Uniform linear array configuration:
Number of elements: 8
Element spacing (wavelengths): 0.25
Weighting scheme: cosine
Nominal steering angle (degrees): -60
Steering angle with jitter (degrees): -61.95
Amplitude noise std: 0.05
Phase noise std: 0.05

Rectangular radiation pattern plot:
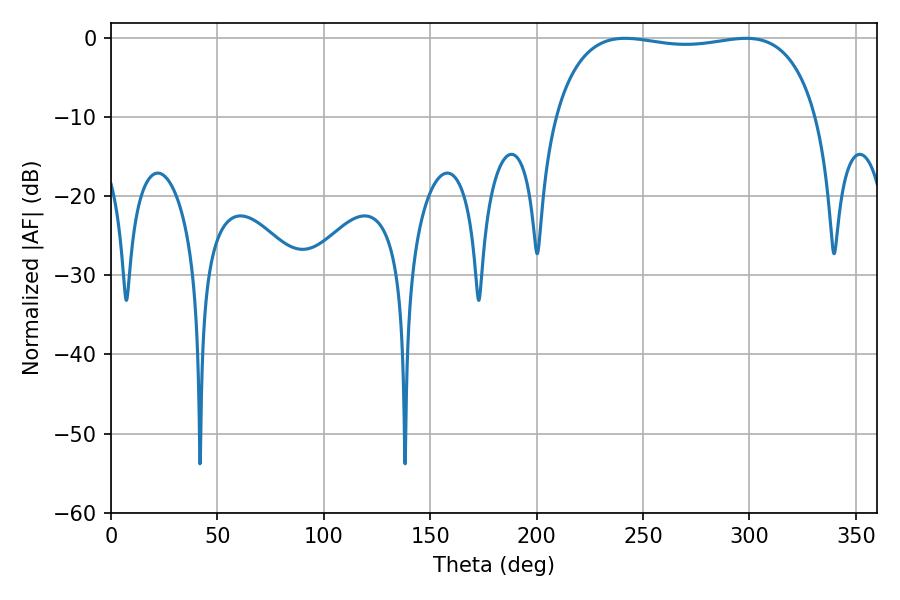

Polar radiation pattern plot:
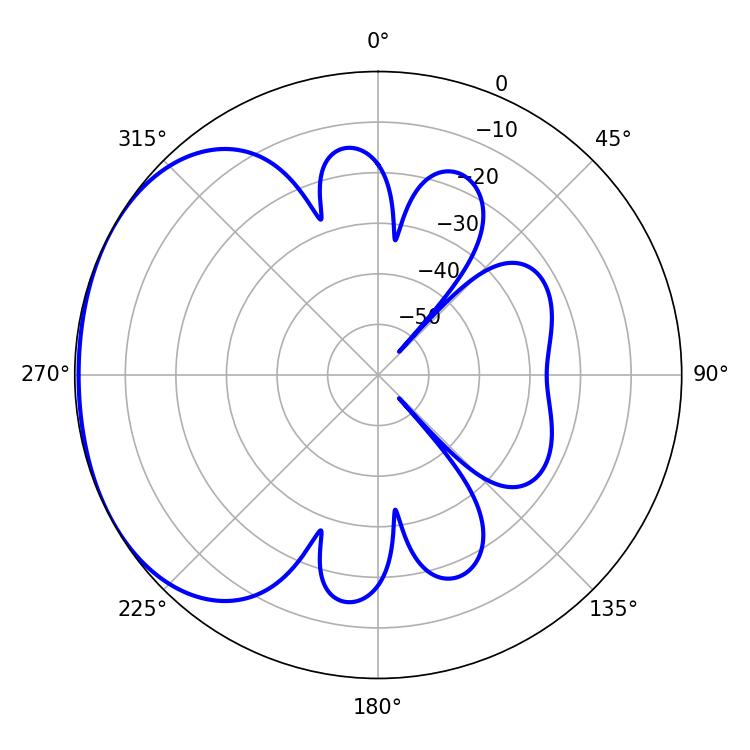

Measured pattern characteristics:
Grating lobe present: FALSE
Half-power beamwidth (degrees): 99.36
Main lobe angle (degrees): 241.56